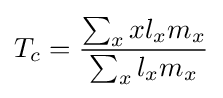
T_{c}={\frac {\sum _{x}xl_{x}m_{x}}{\sum _{x}l_{x}m_{x}}}